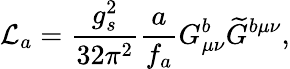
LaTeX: \mathcal{L}_{a}=\frac{g_{s}^{2}}{32\pi^{2}}\frac{a}{f_{a}}G_{\mu\nu}^{b}\widetilde{G}^{b\mu\nu},